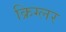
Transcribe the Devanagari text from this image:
क्रिग्लर